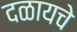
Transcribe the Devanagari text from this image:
दळायचे